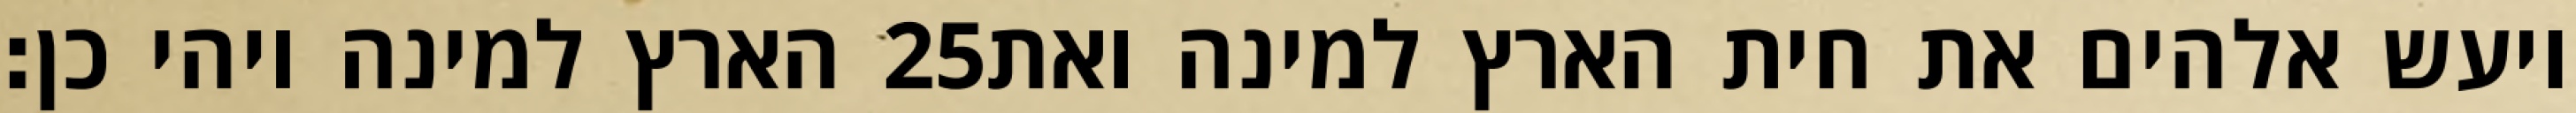
הארץ למינה ויהי כן׃ ‎25‏ ויעש אלהים את חית הארץ למינה ואת